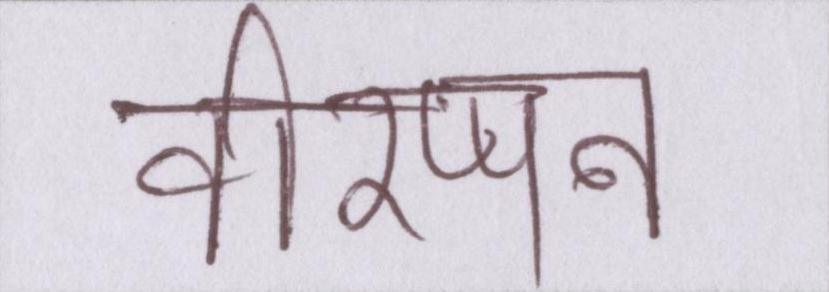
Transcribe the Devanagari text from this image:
वीरप्पन